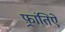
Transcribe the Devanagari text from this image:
फ़्रांतिऐ